Vaccination in the Punjab 1883-1896 - 1883-1896
Year: 1883
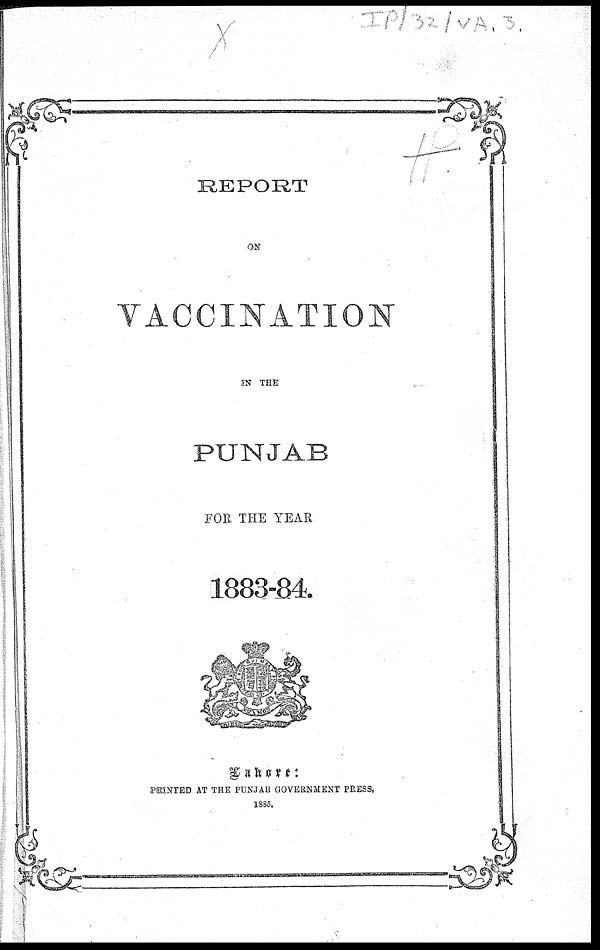
REPORT
ON
VACCINATION
IN THE
PUNJAB
FOR THE YEAR
1883-84.
Lahore:
PRINTED AT THE PUNJAB GOVERNMENT PRESS,
1885.